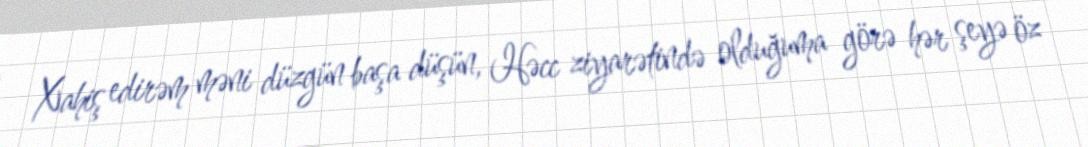
Xahiş edirəm məni düzgün başa düşün, Həcc ziyarətində olduğuma görə hər şeyə öz